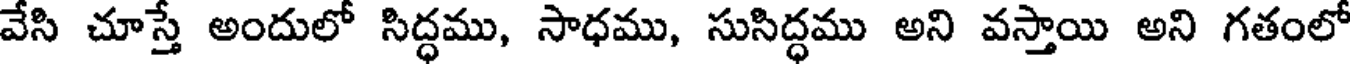
వేసి చూస్తే అందులో సిద్ధము, సాధము, సుసిద్ధము అని వస్తాయి అని గతంలో